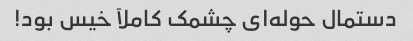
دستمال حوله‌ای چشمک کاملآ خیس بود!